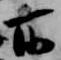
所